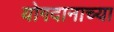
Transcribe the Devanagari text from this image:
योगदानाच्या